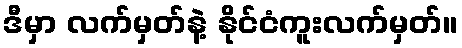
ဒီမှာ လက်မှတ်နဲ့ နိုင်ငံကူးလက်မှတ်။